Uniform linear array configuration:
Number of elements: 4
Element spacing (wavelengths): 0.5
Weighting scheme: exponential
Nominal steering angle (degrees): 30
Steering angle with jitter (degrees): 29.08
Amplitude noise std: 0.05
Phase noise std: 0.05

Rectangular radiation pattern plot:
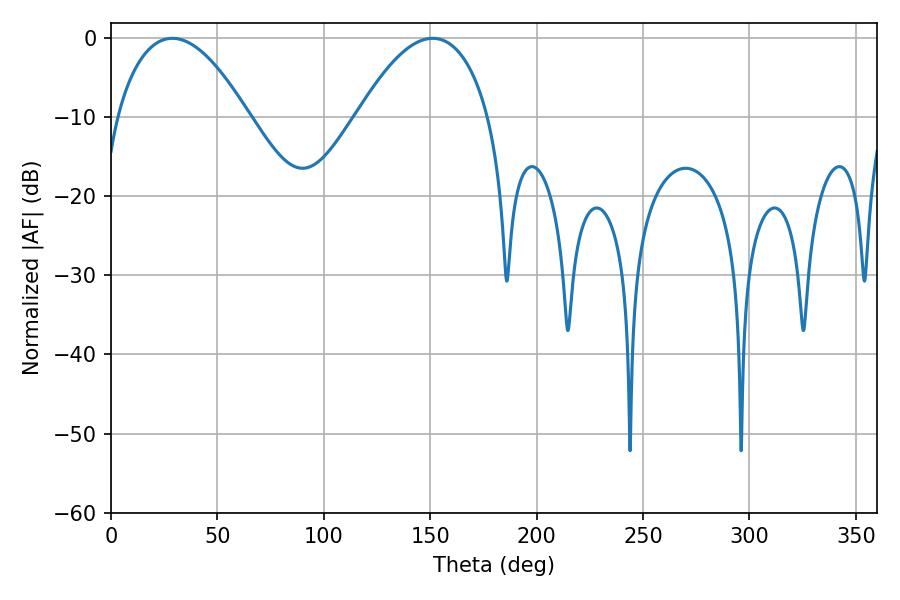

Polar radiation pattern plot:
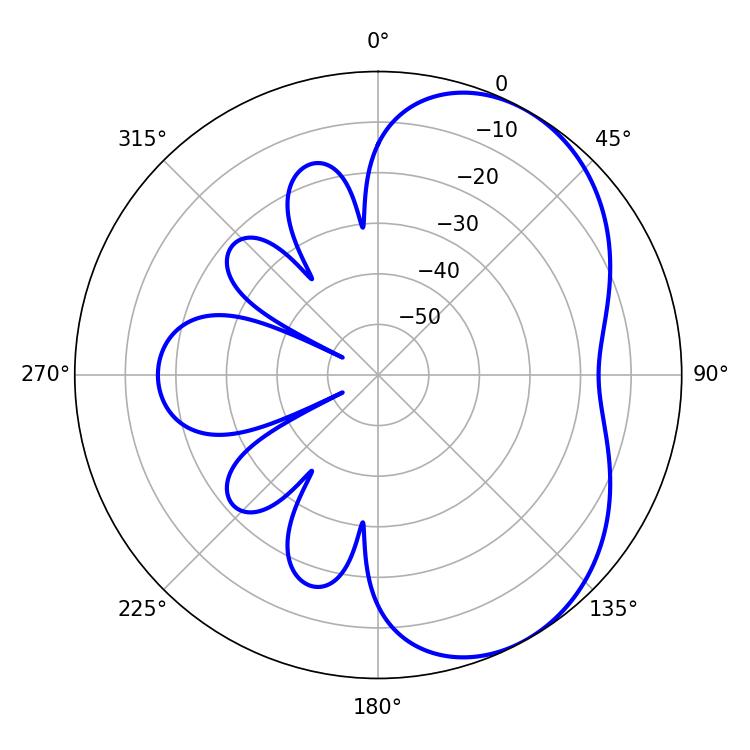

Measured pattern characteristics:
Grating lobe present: FALSE
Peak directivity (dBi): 4.844
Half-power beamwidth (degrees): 34.2
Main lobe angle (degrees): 28.8